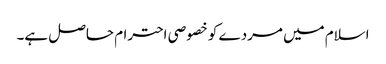
اسلام میں مردے کو خصوصی احترام حاصل ہے۔